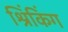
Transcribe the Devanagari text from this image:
श्रिंकिंग